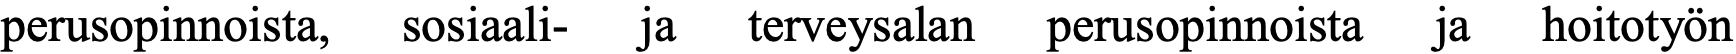
perusopinnoista, sosiaali- ja terveysalan perusopinnoista ja hoitotyön